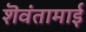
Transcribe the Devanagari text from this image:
शॆवंतामाई